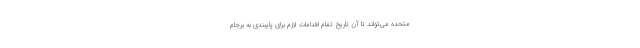
متحده می‌تواند تا آن تاریخ تمام اقدامات لازم برای پایبندی به برجام